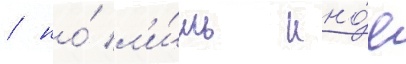
/ но́ л'и́шь ино́е